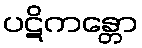
ပဋိကန္တော